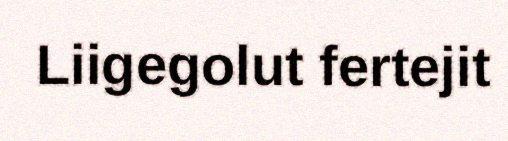
Liigegolut fertejit